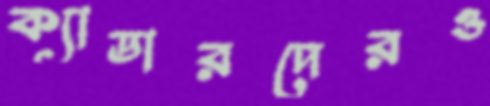
ক্যাডারদেরও